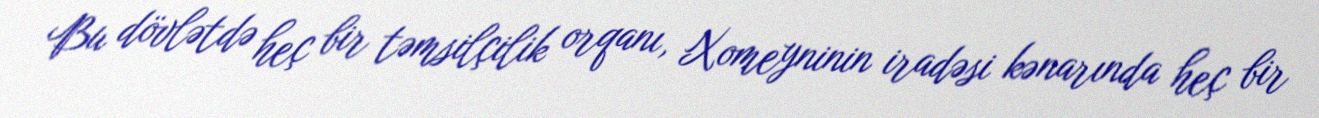
Bu dövlətdə heç bir təmsilçilik orqanı, Xomeyninin iradəsi kənarında heç bir